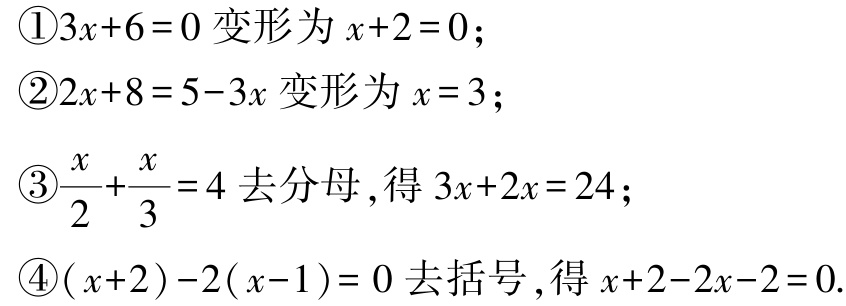
\textcircled{1}$3x + 6 = 0$变形为$x + 2 = 0$；

\textcircled{2}$2x + 8 = 5 - 3x$变形为$x = 3$；

\textcircled{3}$\frac{x}{2}+\frac{x}{3}=4$去分母，得$3x + 2x = 24$；

\textcircled{4}$(x + 2)-2(x - 1)=0$去括号，得$x + 2 - 2x - 2 = 0$.